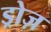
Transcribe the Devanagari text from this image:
ड्रोज़